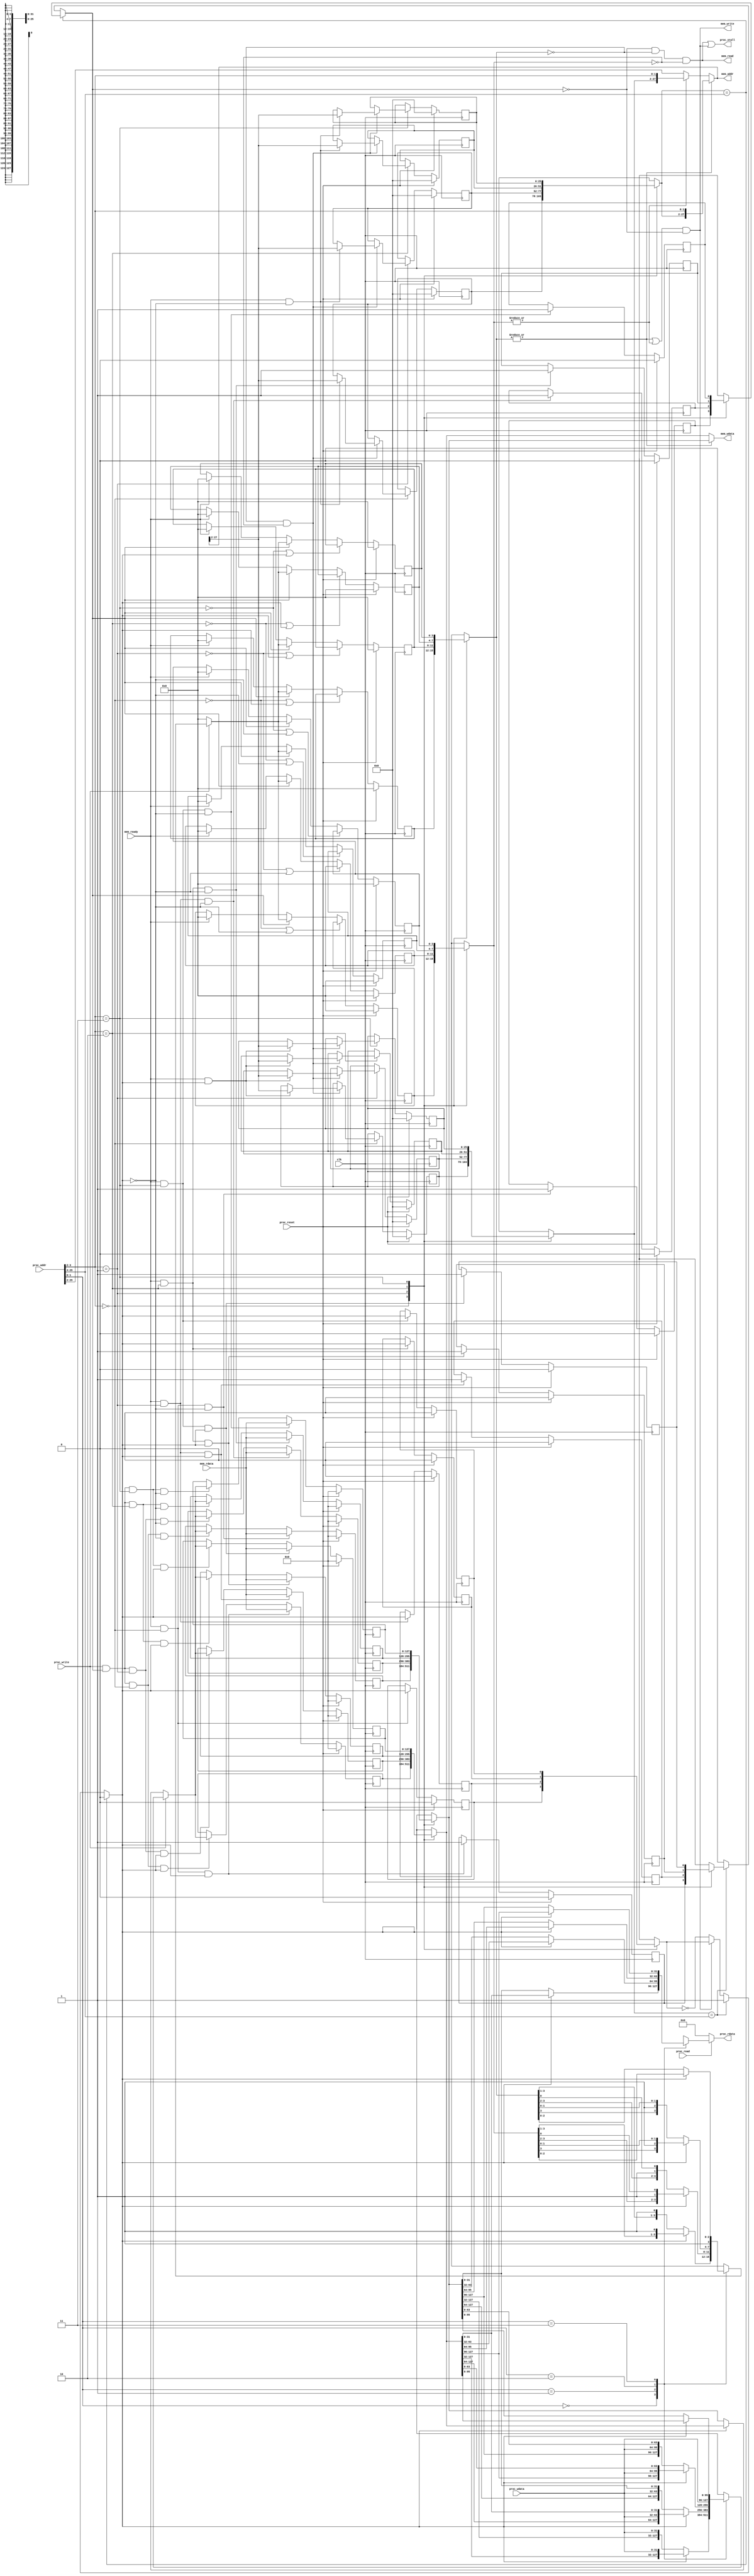
module cache(
    clk,
    proc_reset,
    proc_read,
    proc_write,
    proc_addr,
    proc_rdata,
    proc_wdata,
    proc_stall,
    mem_read,
    mem_write,
    mem_addr,
    mem_rdata,
    mem_wdata,
    mem_ready
);
    
//==== input/output definition ============================
    input          clk;
    // processor interface
    input          proc_reset;
    input          proc_read, proc_write;
    input   [29:0] proc_addr;   // word addr [31:2], cache unit can only access 4 word at a time
    input   [31:0] proc_wdata;  // data write to cache
    output         proc_stall;  
    output  [31:0] proc_rdata;
    // memory interface
    input  [127:0] mem_rdata;   
    input          mem_ready;
    output         mem_read, mem_write;
    output  [27:0] mem_addr;    // mem addr [31:4]
    output [127:0] mem_wdata;   // data write to memory
    
//==== wire/reg definition ================================
    // (block number) modulo (number of cache blocks)
    // block_addr = proc_addr mod 4
    // from cpu 30 bit = [28 bit tag + 2 bit index]
    // from cache block = 1 bit valid + (28-2) bit tag + 128 bit value
    
    wire [1:0] index;      // memory 128 bit =  32 bit value * 4
    wire way_idx;          // currently operate on which way (2-way block)
    wire [1:0] block_idx;  // cache 8 block
    
    // inside cache block
    reg [127:0] block_value_1, block_value_2, block_value_3, block_value_4, block_value_5, block_value_6, block_value_7, block_value_8;
    reg [127:0] block_value_1_nxt, block_value_2_nxt, block_value_3_nxt, block_value_4_nxt, block_value_5_nxt, block_value_6_nxt, block_value_7_nxt, block_value_8_nxt;
    reg [25:0] block_tag_1, block_tag_2, block_tag_3, block_tag_4, block_tag_5, block_tag_6, block_tag_7, block_tag_8;
    reg [25:0] block_tag_1_nxt, block_tag_2_nxt, block_tag_3_nxt, block_tag_4_nxt, block_tag_5_nxt, block_tag_6_nxt, block_tag_7_nxt, block_tag_8_nxt;
    reg block_val_1, block_val_2, block_val_3, block_val_4, block_val_5, block_val_6, block_val_7, block_val_8; 
    reg block_val_1_nxt, block_val_2_nxt, block_val_3_nxt, block_val_4_nxt, block_val_5_nxt, block_val_6_nxt, block_val_7_nxt, block_val_8_nxt; 
    reg [3:0] block_dirty_1, block_dirty_2, block_dirty_3, block_dirty_4, block_dirty_5, block_dirty_6, block_dirty_7, block_dirty_8; 
    reg [3:0] block_dirty_1_nxt, block_dirty_2_nxt, block_dirty_3_nxt, block_dirty_4_nxt, block_dirty_5_nxt, block_dirty_6_nxt, block_dirty_7_nxt, block_dirty_8_nxt; 
    reg block_way_1, block_way_3, block_way_5, block_way_7; 
    reg block_way_1_nxt, block_way_3_nxt, block_way_5_nxt, block_way_7_nxt;

    reg [25:0] read_tag1, read_tag2;
    reg [127:0] read_value1, read_value2;
    reg read_val1, read_val2;
    reg [3:0] read_dirty1, read_dirty2;
    reg read_last_way;

    reg [31:0] proc_rdata;
    reg [127:0] new_value;
    reg [3:0] new_dirty;

    wire hit;  // 1: hit, 0: miss
    
    assign index = proc_addr[1:0];
    assign block_idx = proc_addr[3:2];
    assign hit = (read_tag1 == proc_addr[29:4])? read_val1 :
                 (read_tag2 == proc_addr[29:4])? read_val2 : 
                 0 ;
    assign way_idx = (read_tag1 == proc_addr[29:4])? 1'b0 : 
                     (read_tag2 == proc_addr[29:4])? 1'b1 :
                     mem_write? read_last_way : !read_last_way;
                    //  (proc_write & mem_read)? !read_last_way : read_last_way;

    assign mem_read = !hit & (!read_dirty1) & (!read_dirty2);
    assign mem_write = (|(read_dirty1) | (|(read_dirty2))) & !hit;
    assign proc_stall = mem_read | mem_write;
    assign mem_addr = |read_dirty1? {read_tag1, proc_addr[3:2]} : 
                      |read_dirty2? {read_tag2, proc_addr[3:2]} : 
                      proc_addr[29:2]; 
    assign mem_wdata = |read_dirty1? read_value1: read_value2 ;

//==== combinational circuit ==============================
    always @(*) begin
        case(block_idx)
            2'b00: begin
                read_dirty1 = block_dirty_1;
                read_dirty2 = block_dirty_2;
                read_val1 = block_val_1;
                read_val2 = block_val_2;
                read_tag1 = block_tag_1;
                read_tag2 = block_tag_2;
                read_value1 = block_value_1;
                read_value2 = block_value_2;
                read_last_way = block_way_1;
            end
            2'b01: begin
                read_dirty1 = block_dirty_3;
                read_dirty2 = block_dirty_4;
                read_val1 = block_val_3; 
                read_val2 = block_val_4; 
                read_tag1 = block_tag_3;
                read_tag2 = block_tag_4;
                read_value1 = block_value_3;
                read_value2 = block_value_4;
                read_last_way = block_way_3;
            end
            2'b10: begin
                read_dirty1 = block_dirty_5;
                read_dirty2 = block_dirty_6;
                read_val1 = block_val_5;
                read_val2 = block_val_6;
                read_tag1 = block_tag_5;
                read_tag2 = block_tag_6;
                read_value1 = block_value_5;
                read_value2 = block_value_6;
                read_last_way = block_way_5;
            end
            2'b11: begin
                read_dirty1 = block_dirty_7;
                read_dirty2 = block_dirty_8;
                read_val1 = block_val_7;
                read_val2 = block_val_8;
                read_tag1 = block_tag_7;
                read_tag2 = block_tag_8;
                read_value1 = block_value_7;
                read_value2 = block_value_8;
                read_last_way = block_way_7;
            end
        endcase
    end
    
    always @(*) begin
        if(proc_read) begin
            // read cache value according to index (4 word block)
            case(index) 
                2'b00: proc_rdata = way_idx? read_value2[31:0] : read_value1[31:0];
                2'b01: proc_rdata = way_idx? read_value2[63:32] : read_value1[63:32];
                2'b10: proc_rdata = way_idx? read_value2[95:64] : read_value1[95:64];
                2'b11: proc_rdata = way_idx? read_value2[127:96] : read_value1[127:96];
            endcase
        end else begin
            proc_rdata = 32'b0;
        end
    end
    
    always @(*) begin
        if(proc_write) begin
            // write cache value according to index (4 word block)
            case(index) 
                2'b00: begin
                    new_value = way_idx? {read_value2[127:32],proc_wdata} : {read_value1[127:32],proc_wdata};
                    new_dirty = way_idx? {read_dirty2[3:1], 1'b1} : {read_dirty1[3:1], 1'b1};
                end
                2'b01: begin
                    new_value = way_idx? {read_value2[127:64], proc_wdata, read_value2[31:0]} : {read_value1[127:64], proc_wdata, read_value1[31:0]};
                    new_dirty = way_idx? {read_dirty2[3:2], 1'b1, read_dirty2[0]} : {read_dirty1[3:2], 1'b1, read_dirty1[0]};
                end
                2'b10: begin
                    new_value = way_idx? {read_value2[127:96], proc_wdata, read_value2[63:0]} : {read_value1[127:96], proc_wdata, read_value1[63:0]};
                    new_dirty = way_idx? {read_dirty2[3], 1'b1, read_dirty2[1:0]} : {read_dirty1[3], 1'b1, read_dirty1[1:0]};
                end
                2'b11: begin
                    new_value = way_idx? {proc_wdata, read_value2[95:0]} : {proc_wdata, read_value1[95:0]};
                    new_dirty = way_idx? {1'b1, read_dirty2[2:0]} : {1'b1, read_dirty1[2:0]};
                end
            endcase
        end else begin
            new_value = way_idx? read_value2 : read_value1;
            new_dirty = 4'b0;
        end
    end

    always @(*) begin
        if(block_idx==2'b00) begin
            if(!read_dirty1 & !read_dirty2) begin
                block_tag_1_nxt =  (mem_ready & !way_idx) ? mem_addr[27:2] : block_tag_1;
                block_tag_2_nxt =  (mem_ready & way_idx) ? mem_addr[27:2] : block_tag_2;
            end else begin
                block_tag_1_nxt = block_tag_1;
                block_tag_2_nxt = block_tag_2;
            end               
        end else begin
            block_tag_1_nxt = block_tag_1;
            block_tag_2_nxt = block_tag_2;
        end  
        if(block_idx==2'b01) begin
            if(!read_dirty1 & !read_dirty2) begin
                block_tag_3_nxt =  (mem_ready & !way_idx) ? mem_addr[27:2] : block_tag_3;
                block_tag_4_nxt =  (mem_ready & way_idx) ? mem_addr[27:2] : block_tag_4;
            end else begin
                block_tag_3_nxt = block_tag_3;
                block_tag_4_nxt = block_tag_4;
            end               
        end else begin
            block_tag_3_nxt = block_tag_3;
            block_tag_4_nxt = block_tag_4;
        end  
        if(block_idx==2'b10) begin
            if(!read_dirty1 & !read_dirty2) begin
                block_tag_5_nxt =  (mem_ready & !way_idx) ? mem_addr[27:2] : block_tag_5;
                block_tag_6_nxt =  (mem_ready & way_idx) ? mem_addr[27:2] : block_tag_6;
            end else begin
                block_tag_5_nxt = block_tag_5;
                block_tag_6_nxt = block_tag_6;
            end               
        end else begin
            block_tag_5_nxt = block_tag_5;
            block_tag_6_nxt = block_tag_6;
        end  
        if(block_idx==2'b11) begin
            if(!read_dirty1 & !read_dirty2) begin
                block_tag_7_nxt =  (mem_ready & !way_idx) ? mem_addr[27:2] : block_tag_7;
                block_tag_8_nxt =  (mem_ready & way_idx) ? mem_addr[27:2] : block_tag_8;
            end else begin
                block_tag_7_nxt = block_tag_7;
                block_tag_8_nxt = block_tag_8;
            end               
        end else begin
            block_tag_7_nxt = block_tag_7;
            block_tag_8_nxt = block_tag_8;
        end  
    end

    always @(*) begin
        block_value_1_nxt = (mem_ready & (block_idx==2'b00) & !way_idx) ? mem_rdata : 
                            (proc_write & hit & (block_idx==2'b00) & !way_idx)? new_value : 
                            block_value_1;
        block_val_1_nxt = (mem_ready & (block_idx==2'b00) & !way_idx) ? 1 : block_val_1;
        block_dirty_1_nxt = (!(block_idx==2'b00) | way_idx) ? block_dirty_1 :
                            hit? new_dirty :
                            mem_ready? 4'b0 :
                            block_dirty_1;
        block_way_1_nxt = (mem_ready & (block_idx==2'b00))? way_idx : block_way_1;
        
        block_value_2_nxt = (mem_ready & (block_idx==2'b00) & way_idx) ? mem_rdata : 
                            (proc_write & hit & (block_idx==2'b00) & way_idx)? new_value : 
                            block_value_2;
        block_val_2_nxt =  (mem_ready & (block_idx==2'b00) & way_idx) ?1 : block_val_2;
        block_dirty_2_nxt = (!(block_idx==2'b00) | !way_idx) ? block_dirty_2:
                            hit? new_dirty : 
                            mem_ready? 4'b0 :
                            block_dirty_2;

        block_value_3_nxt = (mem_ready & (block_idx==2'b01) & !way_idx) ? mem_rdata : 
                            (proc_write & hit & (block_idx==2'b01) & !way_idx)? new_value : 
                            block_value_3;
        block_val_3_nxt = (mem_ready & (block_idx==2'b01) & !way_idx) ? 1 : block_val_3;
        block_dirty_3_nxt = (!(block_idx==2'b01) | way_idx) ? block_dirty_3:
                            hit? new_dirty :
                            mem_ready? 4'b0 :
                            block_dirty_3;
        block_way_3_nxt = (mem_ready & (block_idx==2'b01))? way_idx : block_way_3;

        block_value_4_nxt = (mem_ready & (block_idx==2'b01) & way_idx) ? mem_rdata : 
                            (proc_write & hit & (block_idx==2'b01) & way_idx)? new_value : 
                            block_value_4;
        block_val_4_nxt = (mem_ready & (block_idx==2'b01) & way_idx) ? 1 : block_val_4;
        block_dirty_4_nxt = (!(block_idx==2'b01) | !way_idx) ? block_dirty_4 : 
                            hit? new_dirty :
                            mem_ready? 4'b0 :
                            block_dirty_4;

        block_value_5_nxt = (mem_ready & (block_idx==2'b10) & !way_idx) ? mem_rdata : 
                            (proc_write & hit & (block_idx==2'b10) & !way_idx)? new_value : 
                            block_value_5;
        block_val_5_nxt = (mem_ready & (block_idx==2'b10) & !way_idx) ? 1 : block_val_5;
        block_dirty_5_nxt = (!(block_idx==2'b10) | way_idx) ? block_dirty_5 :
                            hit? new_dirty :
                            mem_ready? 4'b0 :
                            block_dirty_5;
        block_way_5_nxt = (mem_ready & (block_idx==2'b10))? way_idx : block_way_5;

        block_value_6_nxt = (mem_ready & (block_idx==2'b10) & way_idx) ? mem_rdata : 
                            (proc_write & hit & (block_idx==2'b10) & way_idx)? new_value : 
                            block_value_6;
        block_val_6_nxt = (mem_ready & (block_idx==2'b10) & way_idx) ? 1 : block_val_6;
        block_dirty_6_nxt = (!(block_idx==2'b10) | !way_idx) ?  block_dirty_6 :
                            hit? new_dirty :
                            mem_ready? 4'b0 :
                            block_dirty_6;

        block_value_7_nxt = (mem_ready & (block_idx==2'b11) & !way_idx) ? mem_rdata : 
                            (proc_write & hit & (block_idx==2'b11) & !way_idx)? new_value : 
                            block_value_7;
        block_val_7_nxt = (mem_ready & (block_idx==2'b11) & !way_idx) ? 1 : block_val_7;
        block_dirty_7_nxt = (!(block_idx==2'b11) | way_idx) ? block_dirty_7 :
                            hit? new_dirty : 
                            mem_ready? 4'b0 :
                            block_dirty_7;
        block_way_7_nxt = (mem_ready & (block_idx==2'b11))? way_idx : block_way_7;

        block_value_8_nxt = (mem_ready & (block_idx==2'b11) & way_idx) ? mem_rdata : 
                            (proc_write & hit & (block_idx==2'b11) & way_idx)? new_value :
                            block_value_8;
        block_val_8_nxt = (mem_ready & (block_idx==2'b11) & way_idx) ? 1 : block_val_8;
        block_dirty_8_nxt = (!(block_idx==2'b11) | !way_idx) ?  block_dirty_8:
                            hit? new_dirty : 
                            mem_ready? 4'b0 :
                            block_dirty_8;
    end

//==== sequential circuit =================================
always@( posedge clk ) begin
    if( proc_reset ) begin
        block_dirty_1 <= 1'b0;
        block_value_1 <= 128'b0;
        block_tag_1 <= 25'b0;
        block_val_1 <= 1'b0;
        block_way_1 <= 1'b0;

        block_dirty_2 <= 1'b0;
        block_value_2 <= 128'b0;
        block_tag_2 <= 25'b0;
        block_val_2 <= 1'b0;

        block_dirty_3 <= 1'b0;
        block_value_3 <= 128'b0;
        block_tag_3 <= 25'b0;
        block_val_3 <= 1'b0;
        block_way_3 <= 1'b0;

        block_dirty_4 <= 1'b0;
        block_value_4 <= 128'b0;
        block_tag_4 <= 25'b0;
        block_val_4 <= 1'b0;

        block_dirty_5 <= 1'b0;
        block_value_5 <= 128'b0;
        block_tag_5 <= 25'b0;
        block_val_5 <= 1'b0;
        block_way_5 <= 1'b0;

        block_dirty_6 <= 1'b0;
        block_value_6 <= 128'b0;
        block_tag_6 <= 25'b0;
        block_val_6 <= 1'b0;
        
        block_dirty_7 <= 1'b0;
        block_value_7 <= 128'b0;
        block_tag_7 <= 25'b0;
        block_val_7 <= 1'b0;
        block_way_7 <= 1'b0;

        block_dirty_8 <= 1'b0;
        block_value_8 <= 128'b0;
        block_tag_8 <= 25'b0;
        block_val_8 <= 1'b0;
    end
    else begin
        block_dirty_1 <= block_dirty_1_nxt;
        block_value_1 <= block_value_1_nxt;
        block_tag_1 <= block_tag_1_nxt;
        block_val_1 <= block_val_1_nxt;
        block_way_1 <= block_way_1_nxt;

        block_dirty_2 <= block_dirty_2_nxt;
        block_value_2 <= block_value_2_nxt;
        block_tag_2 <= block_tag_2_nxt;
        block_val_2 <= block_val_2_nxt;

        block_dirty_3 <= block_dirty_3_nxt;
        block_value_3 <= block_value_3_nxt;
        block_tag_3 <= block_tag_3_nxt;
        block_val_3 <= block_val_3_nxt;
        block_way_3 <= block_way_3_nxt;

        block_dirty_4 <= block_dirty_4_nxt;
        block_value_4 <= block_value_4_nxt;
        block_tag_4 <= block_tag_4_nxt;
        block_val_4 <= block_val_4_nxt;

        block_dirty_5 <= block_dirty_5_nxt;
        block_value_5 <= block_value_5_nxt;
        block_tag_5 <= block_tag_5_nxt;
        block_val_5 <= block_val_5_nxt;
        block_way_5 <= block_way_5_nxt;

        block_dirty_6 <= block_dirty_6_nxt;
        block_value_6 <= block_value_6_nxt;
        block_tag_6 <= block_tag_6_nxt;
        block_val_6 <= block_val_6_nxt;

        block_dirty_7 <= block_dirty_7_nxt;
        block_value_7 <= block_value_7_nxt;
        block_tag_7 <= block_tag_7_nxt;
        block_val_7 <= block_val_7_nxt;
        block_way_7 <= block_way_7_nxt;

        block_dirty_8 <= block_dirty_8_nxt;
        block_value_8 <= block_value_8_nxt;
        block_tag_8 <= block_tag_8_nxt;
        block_val_8 <= block_val_8_nxt;

    end
end
endmodule